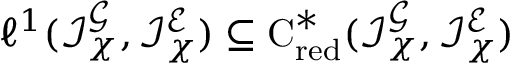
\ensuremath { \ell ^ { 1 } } ( \mathcal { I } _ { \chi } ^ { \ensuremath { \mathcal { G } } } , \mathcal { I } _ { \chi } ^ { \ensuremath { \mathcal { E } } } ) \subseteq \ensuremath { \ensuremath { \mathrm { C } ^ { * } } _ { \mathrm { r e d } } } ( \mathcal { I } _ { \chi } ^ { \ensuremath { \mathcal { G } } } , \mathcal { I } _ { \chi } ^ { \ensuremath { \mathcal { E } } } )